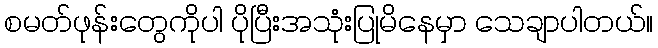
စမတ်ဖုန်းတွေကိုပါ ပိုပြီးအသုံးပြုမိနေမှာ သေချာပါတယ်။